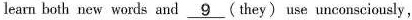
learn both new words and \underline{9} (they) use unconsciously,